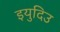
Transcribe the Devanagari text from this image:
इयुदिउ